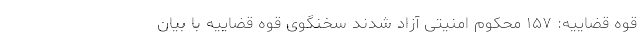
قوه قضاییه: ۱۵۷ محکوم امنیتی آزاد شدند سخنگوی قوه قضاییه با بیان